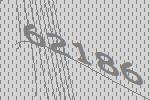
62186